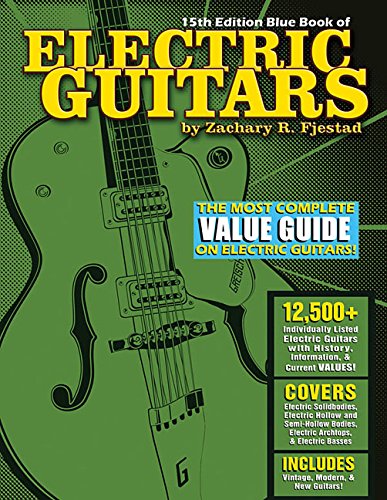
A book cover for Blue Book of Electric Guitars; Zachary R. Fjestad; Crafts, Hobbies & Home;